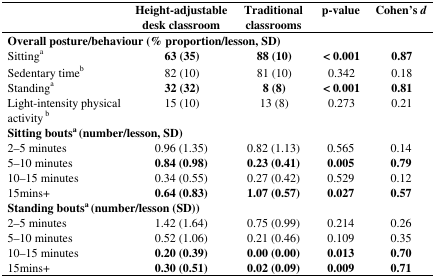
<table><thead><tr><td></td><td><b>Height-adjustable desk classroom</b></td><td><b>Traditional classrooms</b></td><td><b>p-value</b></td><td><b>Cohen&#x27;s <i>d</i></b></td></tr></thead><tbody><tr><td colspan="5"><b>Overall posture/behaviour (% proportion/lesson, SD)</b></td></tr><tr><td>Sitting<sup>a</sup></td><td><b>63 (35)</b></td><td><b>88 (10)</b></td><td><b>&lt; 0.001</b></td><td><b>0.87</b></td></tr><tr><td>Sedentary time<sup>b</sup></td><td>82 (10)</td><td>81 (10)</td><td>0.342</td><td>0.18</td></tr><tr><td>Standing<sup>a</sup></td><td><b>32 (32)</b></td><td><b>8 (8)</b></td><td><b>&lt; 0.001</b></td><td><b>0.81</b></td></tr><tr><td>Light-intensity physical activity<sup>b</sup></td><td>15 (10)</td><td>13 (8)</td><td>0.273</td><td>0.21</td></tr><tr><td colspan="5"><b>Sitting bouts<sup>a</sup> (number/lesson, SD)</b></td></tr><tr><td>2–5 minutes</td><td>0.96 (1.35)</td><td>0.82 (1.13)</td><td>0.565</td><td>0.14</td></tr><tr><td>5–10 minutes</td><td><b>0.84 (0.98)</b></td><td><b>0.23 (0.41)</b></td><td><b>0.005</b></td><td><b>0.79</b></td></tr><tr><td>10–15 minutes</td><td>0.34 (0.55)</td><td>0.27 (0.42)</td><td>0.529</td><td>0.12</td></tr><tr><td>15mins+</td><td><b>0.64 (0.83)</b></td><td><b>1.07 (0.57)</b></td><td><b>0.027</b></td><td><b>0.57</b></td></tr><tr><td colspan="5"><b>Standing bouts<sup>a</sup> (number/lesson (SD))</b></td></tr><tr><td>2–5 minutes</td><td>1.42 (1.64)</td><td>0.75 (0.99)</td><td>0.214</td><td>0.26</td></tr><tr><td>5–10 minutes</td><td>0.52 (1.06)</td><td>0.21 (0.46)</td><td>0.109</td><td>0.35</td></tr><tr><td>10–15 minutes</td><td><b>0.20 (0.39)</b></td><td><b>0.00 (0.00)</b></td><td><b>0.013</b></td><td><b>0.70</b></td></tr><tr><td>15mins+</td><td><b>0.30 (0.51)</b></td><td><b>0.02 (0.09)</b></td><td><b>0.009</b></td><td><b>0.71</b></td></tr></tbody></table>